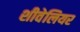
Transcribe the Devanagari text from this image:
शीवेलियर